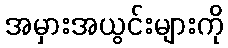
အမှားအယွင်းများကို